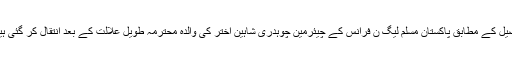
تفصیل کے مطابق پاکستان مسلم لیگ ن فرانس کے چیئرمین چوہدری شاہین اختر کی والدہ محترمہ طویل علالت کے بعد انتقال کر گئی ہیں ۔